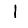
Digit: 1